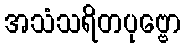
အသံသရိတပုဗ္ဗော